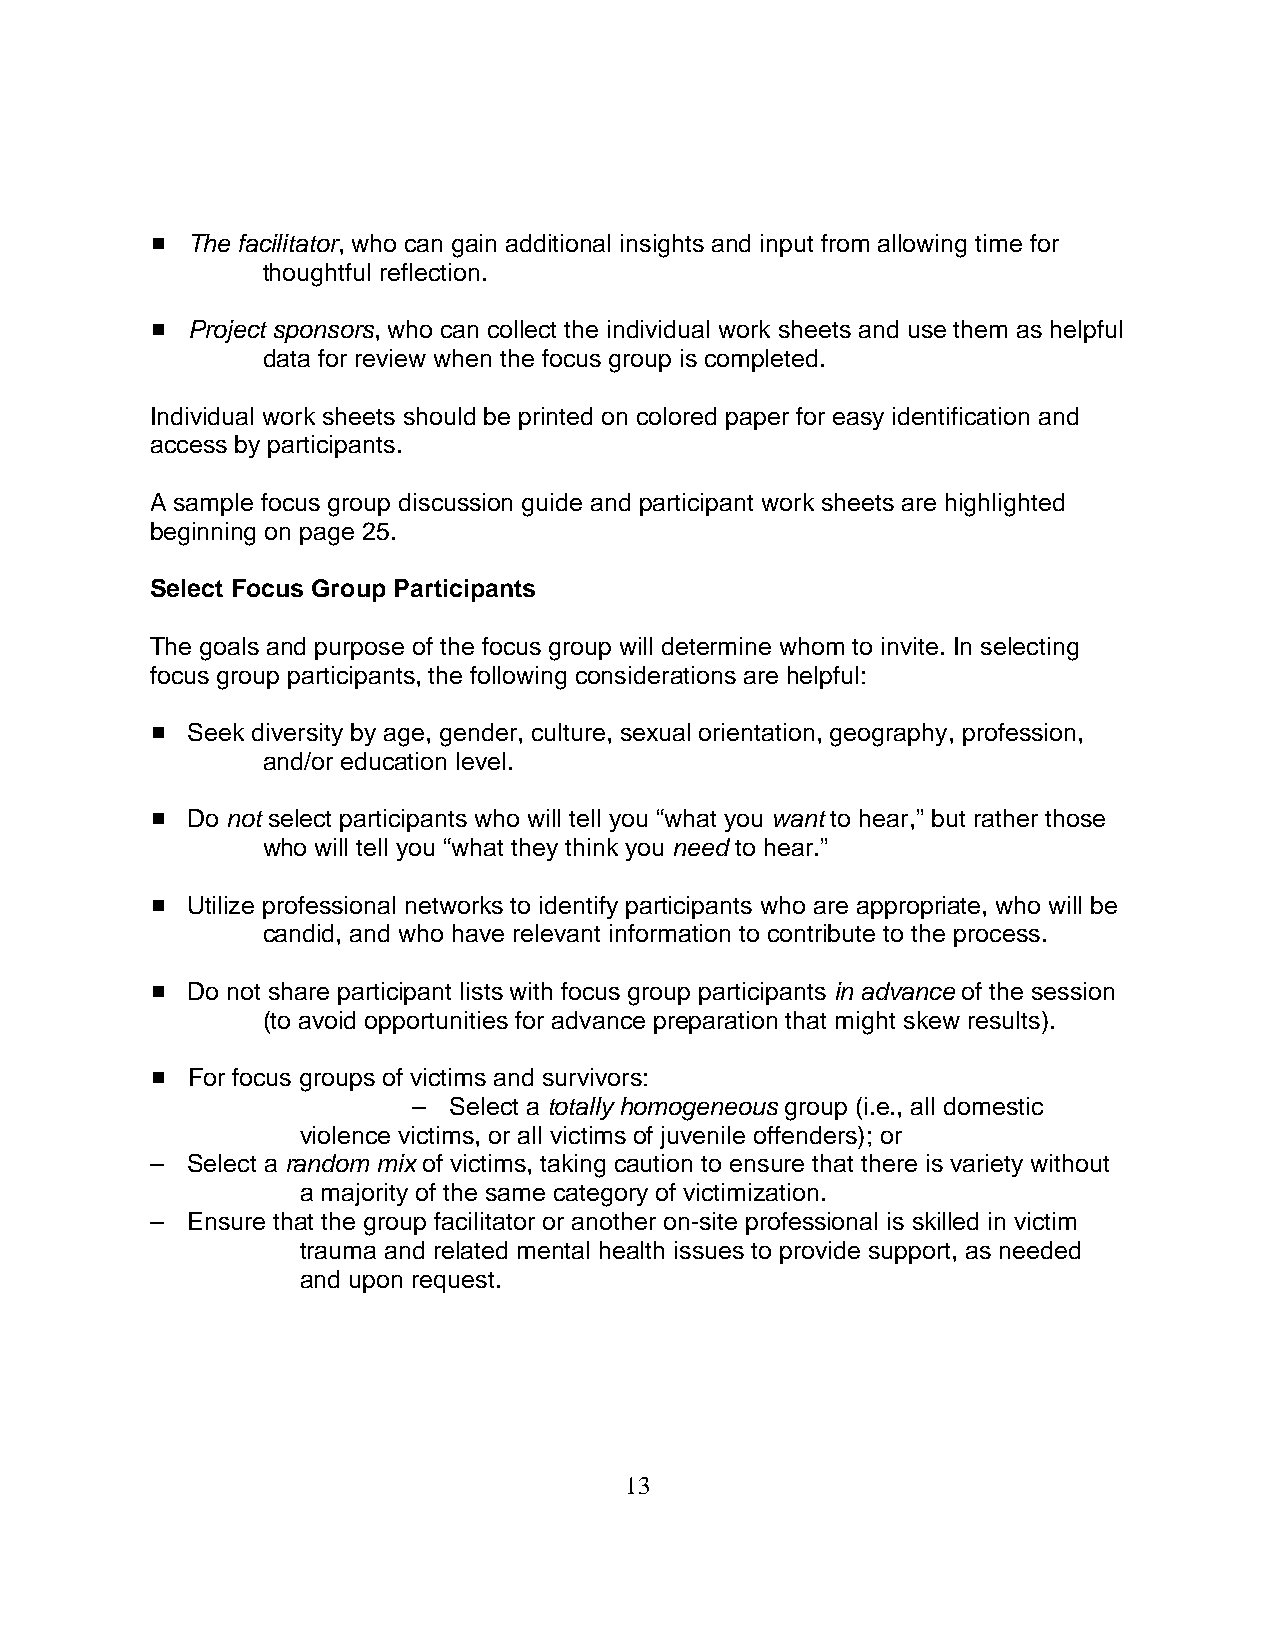
# The facilitator, who can gain additional insights and input from allowing time for
 thoughtful reflection.
 # Project sponsors, who can collect the individual work sheets and use them as helpful
 data for review when the focus group is completed.
 Individual work sheets should be printed on colored paper for easy identification and
 access by participants.
 A sample focus group discussion guide and participant work sheets are highlighted
 beginning on page 25.
 Select Focus Group Participants
 The goals and purpose of the focus group will determine whom to invite. In selecting
 focus group participants, the following considerations are helpful:
 # Seek diversity by age, gender, culture, sexual orientation, geography, profession,
 and/or education level.
 # Do not select participants who will tell you “what you want to hear,” but rather those
 who will tell you “what they think you need to hear.”
 # Utilize professional networks to identify participants who are appropriate, who will be
 candid, and who have relevant information to contribute to the process.
 # Do not share participant lists with focus group participants in advance of the session
 (to avoid opportunities for advance preparation that might skew results).
 # For focus groups of victims and survivors:
 –  Select a totally homogeneous group (i.e., all domestic
 violence victims, or all victims of juvenile offenders); or
 – Select a random mix of victims, taking caution to ensure that there is variety without
 a majority of the same category of victimization.
 – Ensure that the group facilitator or another on-site professional is skilled in victim
 trauma and related mental health issues to provide support, as needed
 and upon request.
 13